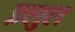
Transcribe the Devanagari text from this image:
इलुल